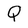
Character: Q